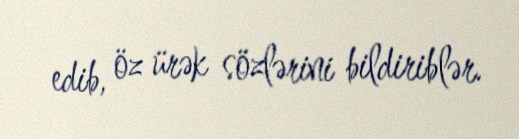
edib, öz ürək sözlərini bildiriblər.